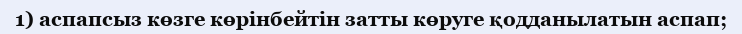
1) аспапсыз көзге көрінбейтін затты көруге қодданылатын аспап;